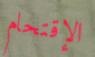
الإقتحام